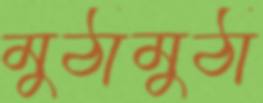
মুঠামুঠা